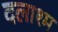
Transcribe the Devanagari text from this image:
दलाश्म